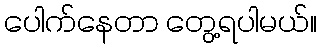
ပေါက်နေတာ တွေ့ရပါမယ်။